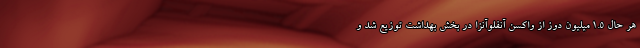
هر حال 1.5 میلیون دوز از واکسن آنفلوآنزا در بخش بهداشت توزیع شد و